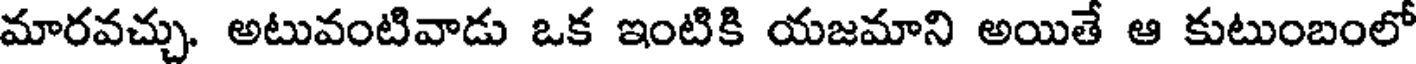
మారవచ్చు. అటువంటివాడు ఒక ఇంటికి యజమాని అయితే ఆ కుటుంబంలో